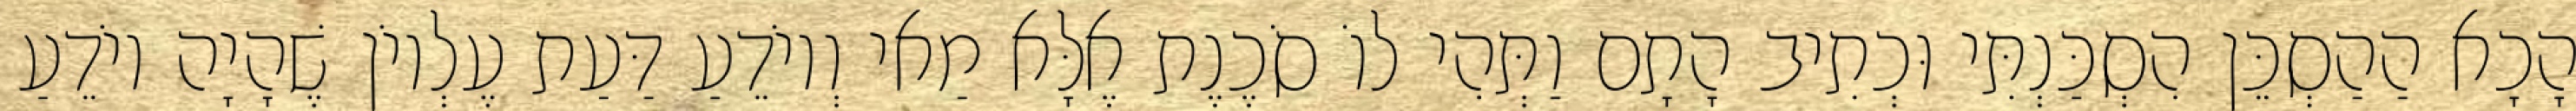
הָכָא הַהַסְכֵּן הִסְכַּנְתִּי וּכְתִיב הָתָם וַתְּהִי לוֹ סֹכֶנֶת אֶלָּא מַאי וְיוֹדֵעַ דַּעַת עֶלְיוֹן שֶׁהָיָה יוֹדֵעַ